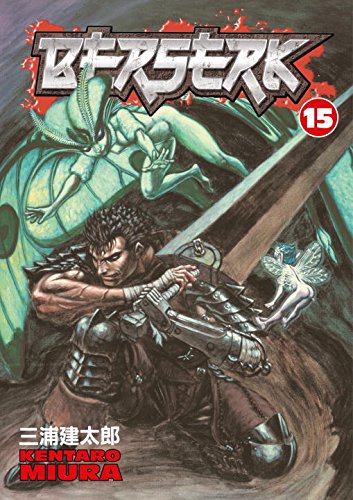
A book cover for Berserk, Vol. 15; Kentaro Miura; Comics & Graphic Novels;